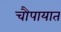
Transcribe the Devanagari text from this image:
चौपायात